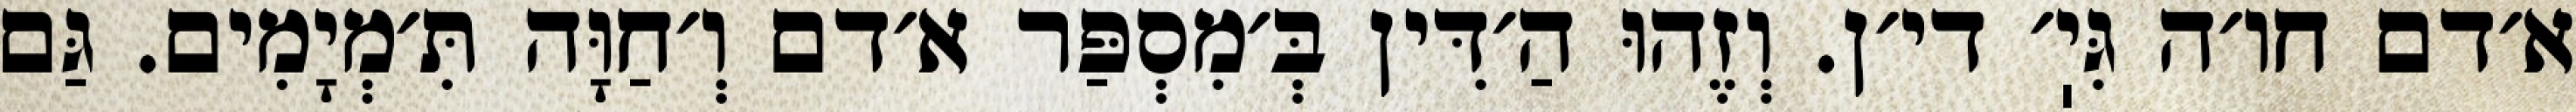
א׳דם חו׳ה גִּיֽ׳ די׳ן. וְזֶהוּ הַ׳דִּין בְּ׳מִסְפַּר א׳דם וְ׳חַוָּה תִּ׳מְיָמִים. גַּם